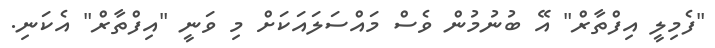
"ފެމިލީ އިފްތާރް" އޭ ބުނުމުން ވެސް މައްސަލައަކަށް މި ވަނީ "އިފްތާރް" އެކަނި.